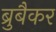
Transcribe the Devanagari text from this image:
ब्रुबैकर